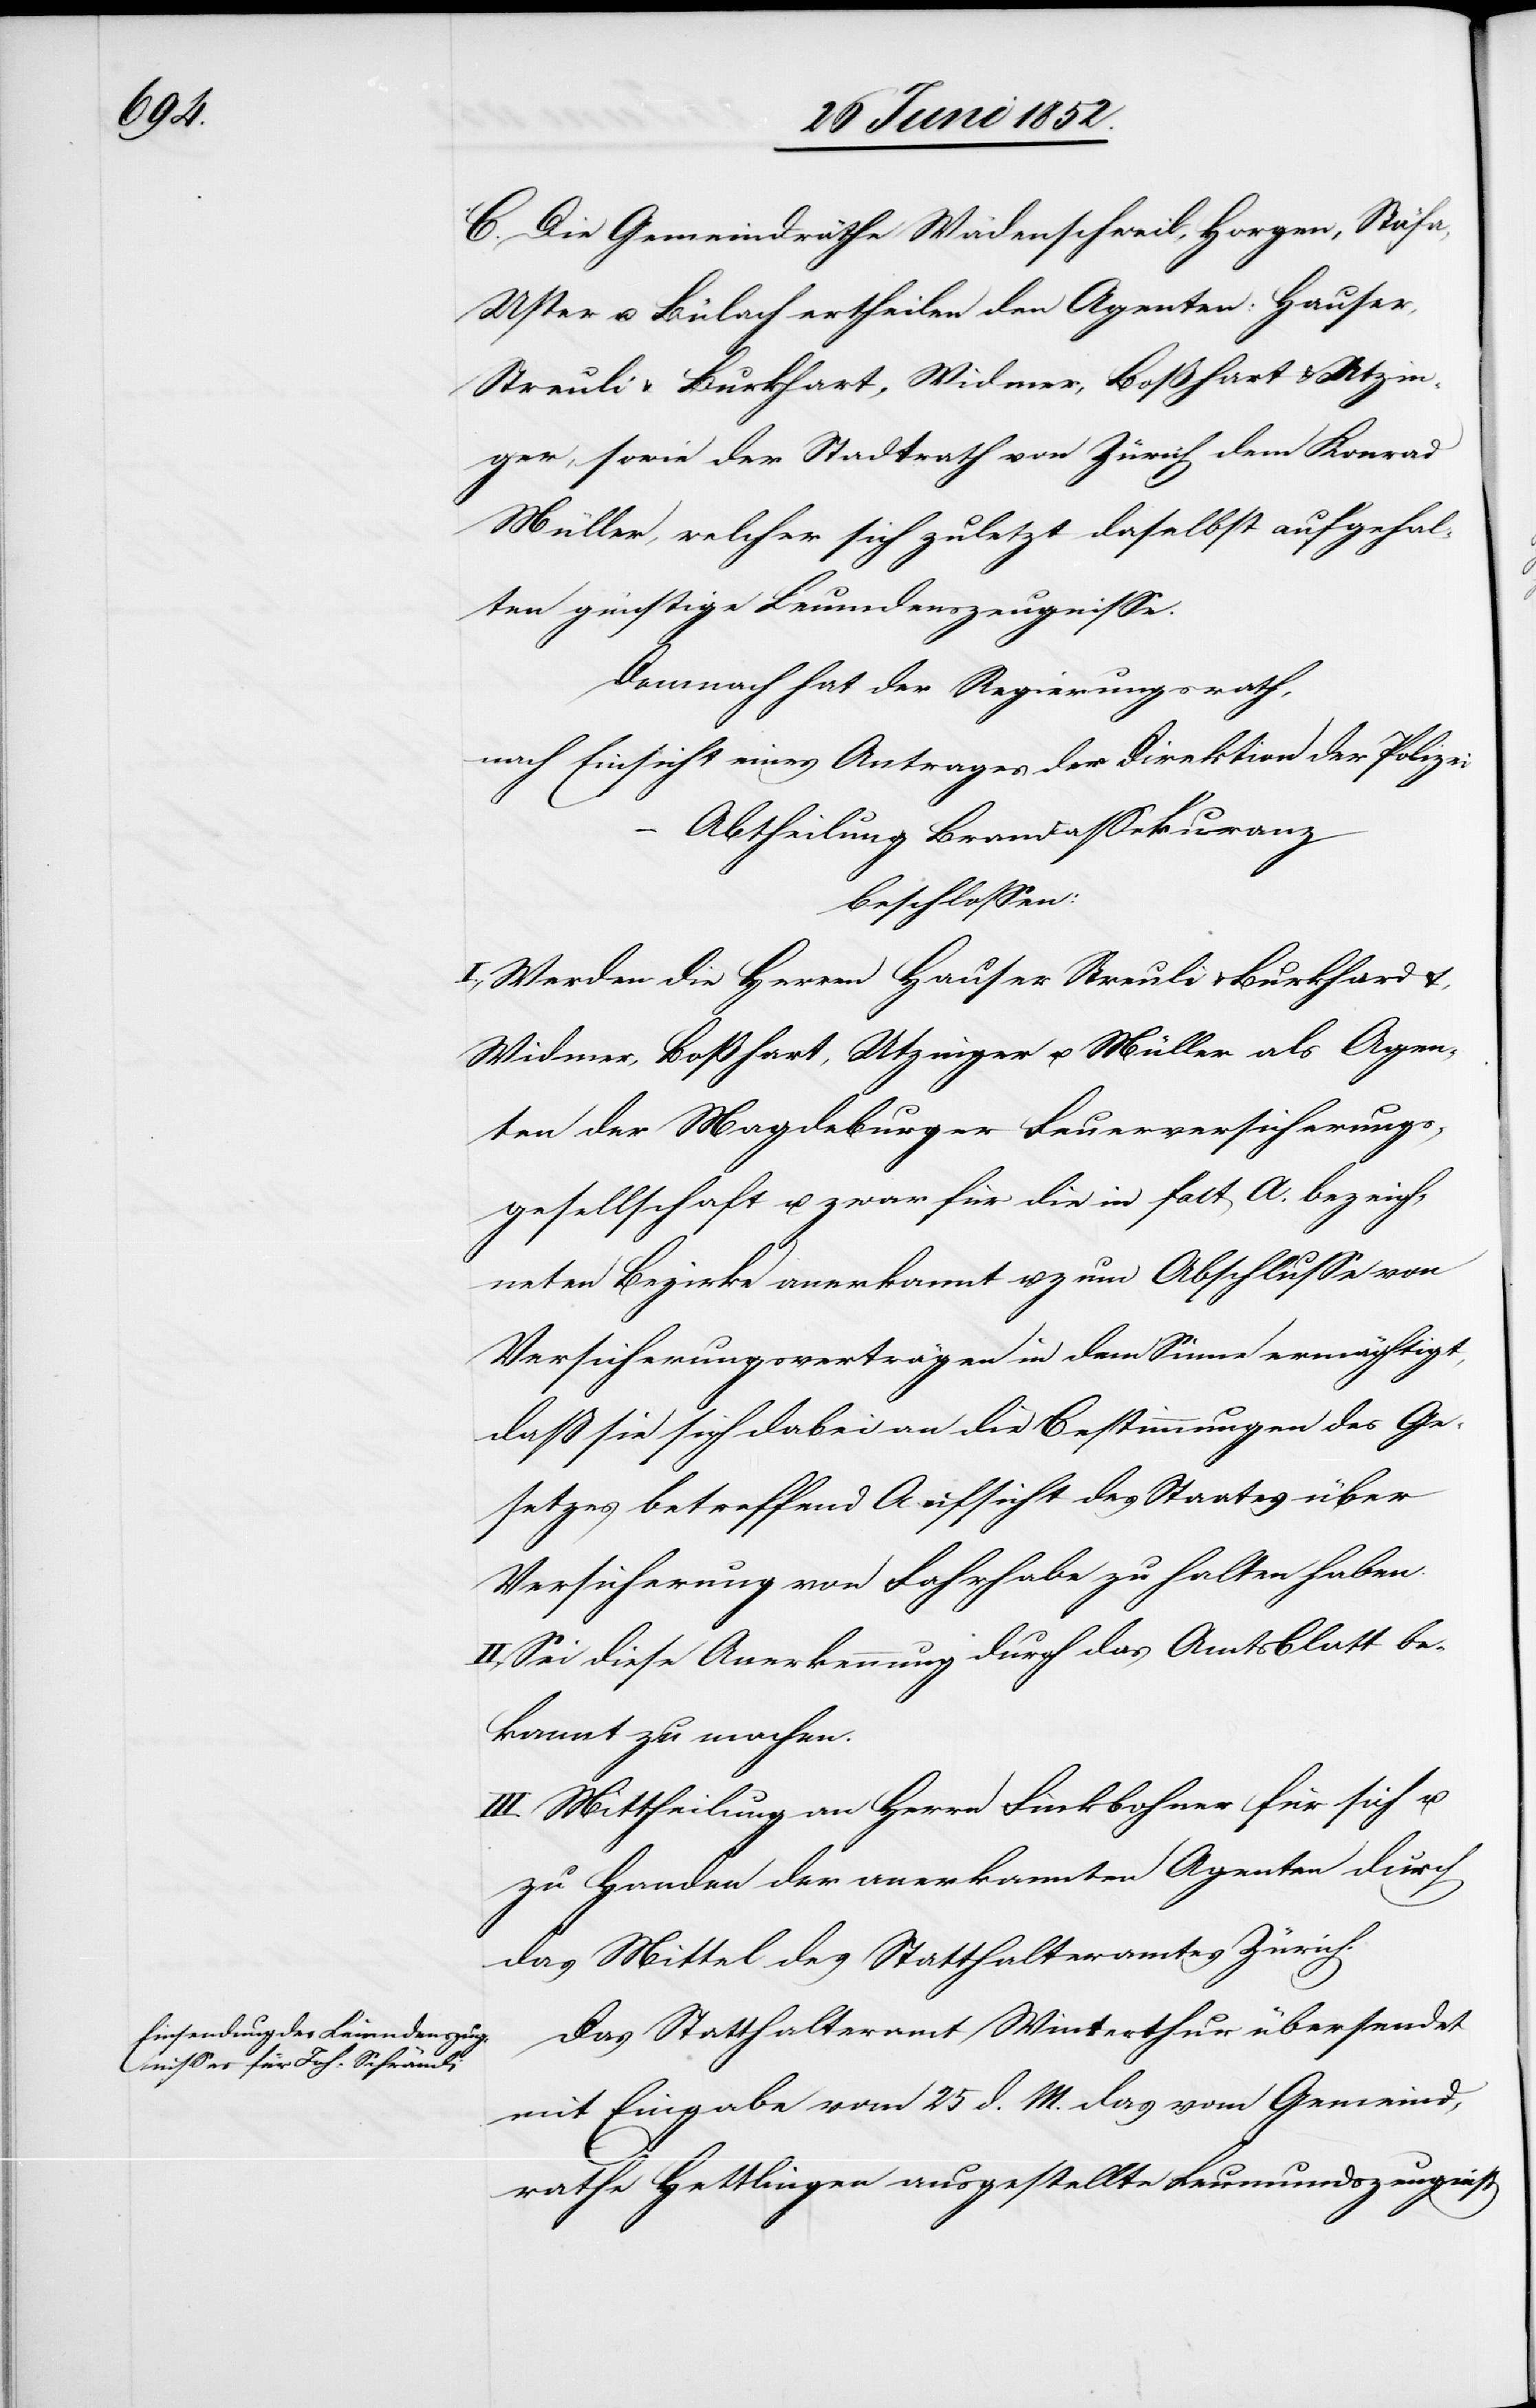
Utzi¬

C. Die Gemeindräthe Wädenschweil, Horgen, Stäfa,
Uster u. Bülach ertheilen den Agenten: Hauser,
nger, sowie der Stadtrath von Zürich dem Konrad
Müller, welcher sich zuletzt daselbst aufgehal¬
ten günstige Leumdenszeugnisse.
Demnach hat der Regierungsrath,
nach Einsicht eines Antrages der Direktion der Polizei
Abtheilung Brandassekuranz
beschlossen:
I., Werden die Herren Hauser[,] Streuli & Burkhardt
Widmer, Boßhart, Utzinger u. Müller als Agen¬
ten der Magdeburger Feuerversicherungs¬
gesellschaft u. zwar für die in Fact A. bezeich¬
neten Bezirke anerkannt u. zum Abschlusse von
Versicherungsverträgen in dem Sinne ermächtigt,
dass sie sich dabei an die Bestimmungen des Ge¬
setzes betreffend Aufsicht des Staates über
Versicherung von Fahrhabe zu halten haben.
II., Sei diese Anerkennung durch das Amtsblatt be¬
kannt zu machen.
III. Mittheilung an Herrn Finkbohner für sich u.
zu Handen der anerkannten Agenten durch
das Mittel des Statthalteramtes Zürich.
Das Statthalteramt Winterthur übersendet
mit Eingabe vom 25 d. M. das vom Gemeind¬
rathe Hettlingen ausgestellte Leumundszeugniß